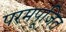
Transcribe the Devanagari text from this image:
परमपूजित